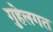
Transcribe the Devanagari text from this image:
गुहेलगत